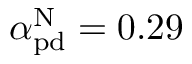
\alpha _ { \mathrm { p d } } ^ { \mathrm { N } } = 0 . 2 9